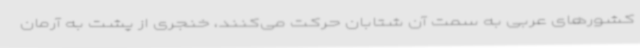
کشورهای عربی به سمت آن شتابان حرکت می‌کنند، خنجری از پشت به آرمان